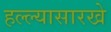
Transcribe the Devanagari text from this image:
हल्ल्यासारखे